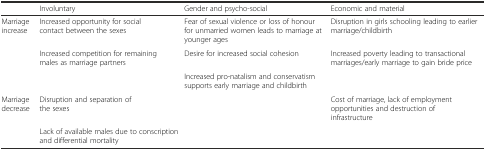
<table><thead><tr><td></td><td><b>Involuntary</b></td><td><b>Gender and psycho-social</b></td><td><b>Economic and material</b></td></tr></thead><tbody><tr><td>Marriage increase</td><td>Increased opportunity for social contact between the sexes</td><td>Fear of sexual violence or loss of honour for unmarried women leads to marriage at younger ages</td><td>Disruption in girls schooling leading to earlier marriage/childbirth</td></tr><tr><td></td><td>Increased competition for remaining males as marriage partners</td><td>Desire for increased social cohesion</td><td>Increased poverty leading to transactional marriages/early marriage to gain bride price</td></tr><tr><td></td><td></td><td>Increased pro-natalism and conservatism supports early marriage and childbirth</td><td></td></tr><tr><td>Marriage decrease</td><td>Disruption and separation of the sexes</td><td></td><td>Cost of marriage, lack of employment opportunities and destruction of infrastructure</td></tr><tr><td></td><td>Lack of available males due to conscription and differential mortality</td><td></td><td></td></tr></tbody></table>